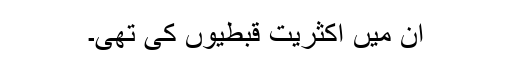
ان میں اکثریت قبطیوں کی تھی۔